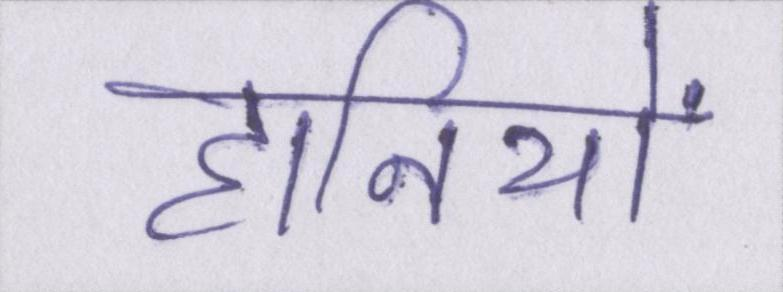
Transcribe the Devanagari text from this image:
हानियों